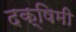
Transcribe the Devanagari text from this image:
दक्षिमी